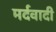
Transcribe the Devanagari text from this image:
मर्दवादी